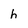
Character: h